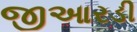
જીઆરડી